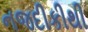
નજદીકીથી